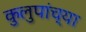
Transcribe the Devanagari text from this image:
कुलुपांच्या